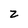
Character: z